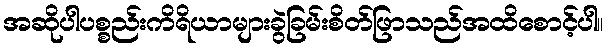
အဆိုပါပစ္စည်းကိရိယာများခွဲခြမ်းစိတ်ဖြာသည်အထိစောင့်ပါ။